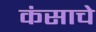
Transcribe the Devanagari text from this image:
कंसाचे